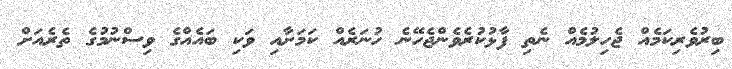
ބިރުވެރިކަމެއް ޖެހިލުމެއް ނެތި ފާޅުކުރެވެންޖެހޭނެ ހުނަރެއް ކަމަށާއި ވަކި ބައެއްގެ ވިސްނުމުގެ ތެރެއަށް